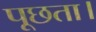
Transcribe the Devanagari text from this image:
पूछता।